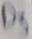
Text: D3